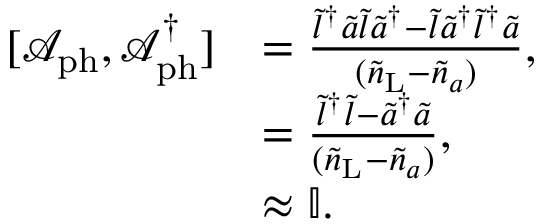
\begin{array} { r l } { [ \mathcal { A } _ { \mathrm { p h } } , \mathcal { A } _ { \mathrm { p h } } ^ { \dagger } ] } & { = \frac { \tilde { l } ^ { \dagger } \tilde { a } \tilde { l } \tilde { a } ^ { \dagger } - \tilde { l } \tilde { a } ^ { \dagger } \tilde { l } ^ { \dagger } \tilde { a } } { ( \tilde { n } _ { \mathrm { L } } - \tilde { n } _ { a } ) } , } \\ & { = \frac { \tilde { l } ^ { \dagger } \tilde { l } - \tilde { a } ^ { \dagger } \tilde { a } } { { ( \tilde { n } _ { \mathrm { L } } - \tilde { n } _ { a } ) } } , } \\ & { \approx \mathbb { I } . } \end{array}